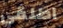
اطلقي